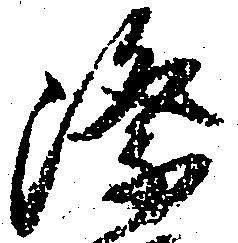
際